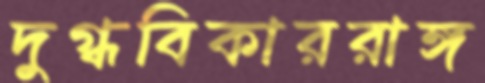
দুগ্ধবিকাররাঙ্গ